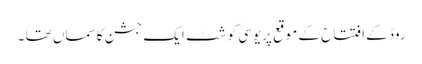
روڈ کے افتتاح کے موقع پریوسی کوشٹ ایک جشن کا سماں تھا ۔